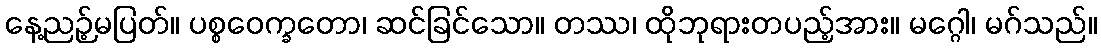
နေ့ညဉ့်မပြတ်။ ပစ္စဝေက္ခတော၊ ဆင်ခြင်သော။ တဿ၊ ထိုဘုရားတပည့်အား။ မဂ္ဂေါ၊ မဂ်သည်။